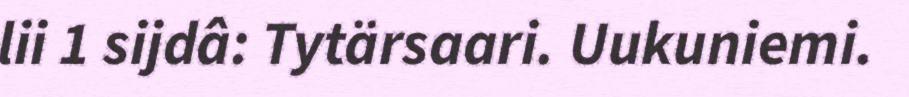
lii 1 sijdâ: Tytärsaari. Uukuniemi.